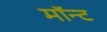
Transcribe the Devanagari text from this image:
मॉन्ट